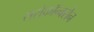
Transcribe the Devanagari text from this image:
सरोकॉन्वर्सन